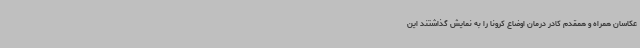
عکاسان همراه و همقدم کادر درمان اوضاع کرونا را به نمایش گذاشتند این